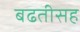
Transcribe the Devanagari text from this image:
बढतीसह